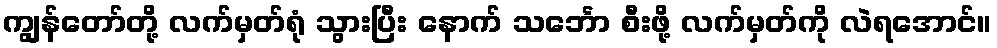
ကျွန်တော်တို့ လက်မှတ်ရုံ သွားပြီး နောက် သင်္ဘော စီးဖို့ လက်မှတ်ကို လဲရအောင်။